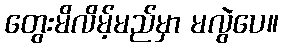
တွေးမိလိမ့်မည်မှာ မလွဲပေ။